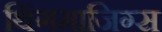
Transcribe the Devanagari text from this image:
थिंगमाजिग्स